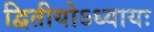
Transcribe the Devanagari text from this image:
द्वितीयोऽध्यायः